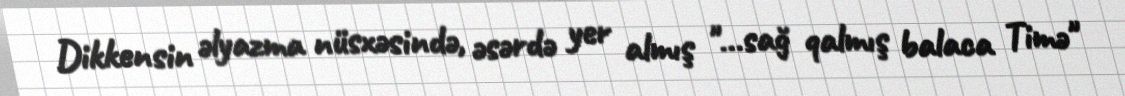
Dikkensin əlyazma nüsxəsində, əsərdə yer almış "…sağ qalmış balaca Timə"